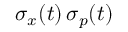
\sigma _ { x } ( t ) \, \sigma _ { p } ( t )